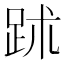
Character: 䟣